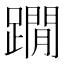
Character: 𨆀